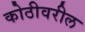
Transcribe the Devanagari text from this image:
कोठीवरील